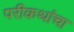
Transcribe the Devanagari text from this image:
परीकथांचा